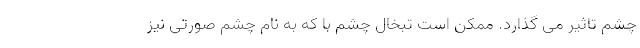
چشم تاثیر می گذارد. ممکن است تبخال چشم با که به نام چشم صورتی نیز